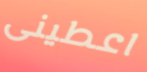
اعطينى